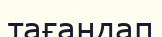
тағандап